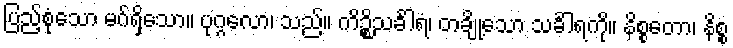
ပြည့်စုံသော မဂ်ရှိသော။ ပုဂ္ဂလော၊ သည်။ ကိဉ္စိသင်္ခါရံ၊ တချို့သော သင်္ခါရကို။ နိစ္စတော၊ နိစ္စ